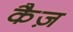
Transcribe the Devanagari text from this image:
कैज़